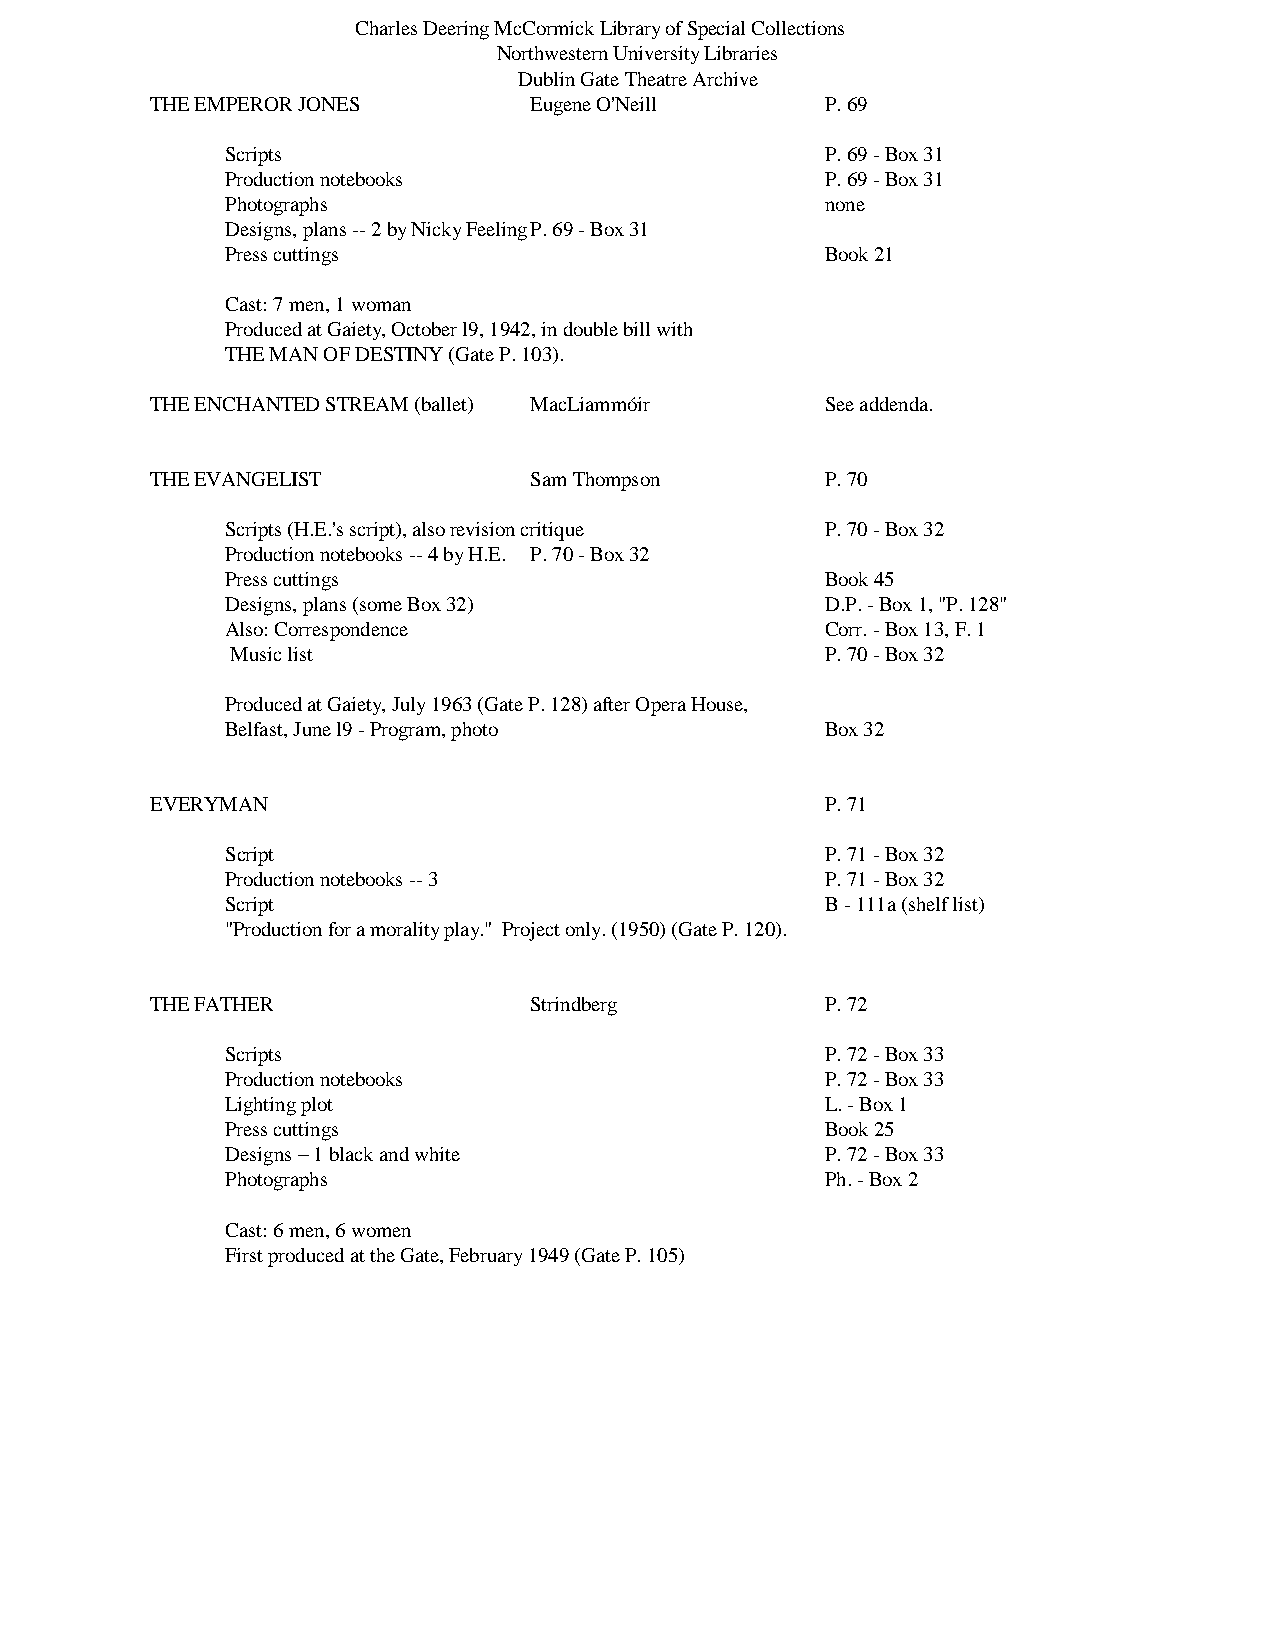
Charles Deering McCormick Library of Special Collections
 Northwestern University Libraries
 Dublin Gate Theatre Archive
 THE EMPEROR JONES        Eugene O'Neill      P. 69
 Scripts                                 P. 69 - Box 31
 Production notebooks                    P. 69 - Box 31
 Photographs                             none
 Designs, plans -- 2 by Nicky Feeling P. 69 - Box 31
 Press cuttings                          Book 21
 Cast: 7 men, 1 woman
 Produced at Gaiety, October l9, 1942, in double bill with
 THE MAN OF DESTINY (Gate P. 103).
 THE ENCHANTED STREAM (ballet) MacLiammóir    See addenda.
 THE EVANGELIST           Sam Thompson        P. 70
 Scripts (H.E.'s script), also revision critique P. 70 - Box 32
 Production notebooks -- 4 by H.E. P. 70 - Box 32
 Press cuttings                          Book 45
 Designs, plans (some Box 32)            D.P. - Box 1, "P. 128"
 Also: Correspondence                    Corr. - Box 13, F. 1
 Music list                              P. 70 - Box 32
 Produced at Gaiety, July 1963 (Gate P. 128) after Opera House,
 Belfast, June l9 - Program, photo       Box 32
 EVERYMAN                                     P. 71
 Script                                  P. 71 - Box 32
 Production notebooks -- 3               P. 71 - Box 32
 Script                                  B - 111a (shelf list)
 "Production for a morality play." Project only. (1950) (Gate P. 120).
 THE FATHER               Strindberg          P. 72
 Scripts                                 P. 72 - Box 33
 Production notebooks                    P. 72 - Box 33
 Lighting plot                           L. - Box 1
 Press cuttings                          Book 25
 Designs – 1 black and white             P. 72 - Box 33
 Photographs                             Ph. - Box 2
 Cast: 6 men, 6 women
 First produced at the Gate, February 1949 (Gate P. 105)